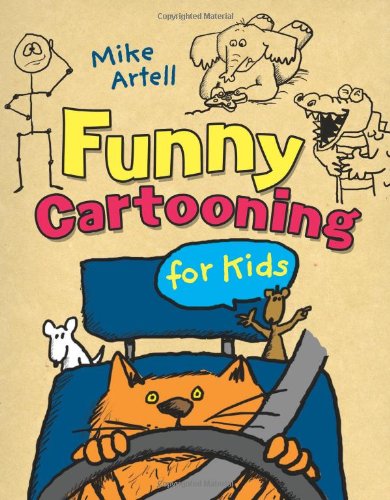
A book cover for Funny Cartooning for Kids; Mike Artell; Children's Books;